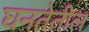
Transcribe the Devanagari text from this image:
घनतेतील